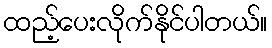
ထည့်ပေးလိုက်နိုင်ပါတယ်။